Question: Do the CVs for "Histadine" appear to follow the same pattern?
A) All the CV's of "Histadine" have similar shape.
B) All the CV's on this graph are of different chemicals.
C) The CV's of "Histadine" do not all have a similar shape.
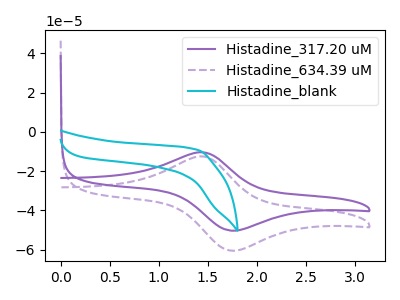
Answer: <think>The purple curve "Histadine_317.20 uM" has an anodic peak at (1.45V, -10.35uA) and a cathodic peak at (1.75V, -50.35uA). The purple dashed curve "Histadine_634.39 uM" has an anodic peak at (1.45V, -12.45uA) and a cathodic peak at (1.75V, -60.55uA). The cyan curve "Histadine_blank" has no peaks.
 All the peaks in "Histadine_317.20 uM" have a peak in "Histadine_634.39 uM" at the same potential. "Histadine_317.20 uM" and "Histadine_blank" have a different number of peaks. "Histadine_634.39 uM" and "Histadine_blank" have a different number of peaks.</think>
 <answer>A) All the CV's of "Histadine" have similar shape.</answer>
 <eval>A</eval>